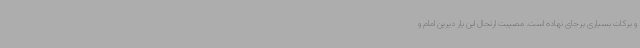
و برکات بسیاری برجای نهاده است. مصیبت ارتحال این یار دیرین امام و